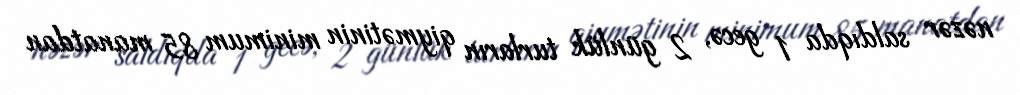
nəzər saldıqda 1 gecə, 2 günlük turların qiymətinin minimum 85 manatdan